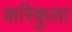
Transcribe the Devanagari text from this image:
करिकुला